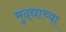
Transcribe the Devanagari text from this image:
मुद्द्याच्‍या